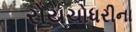
રોયચોધરીના